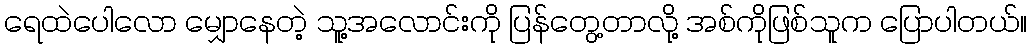
ရေထဲပေါလော မျှောနေတဲ့ သူ့အလောင်းကို ပြန်တွေ့တာလို့ အစ်ကိုဖြစ်သူက ပြောပါတယ်။